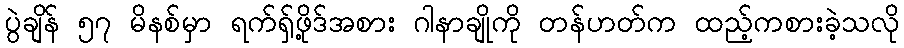
ပွဲချိန် ၅၇ မိနစ်မှာ ရက်ရှ်ဖို့ဒ်အစား ဂါနာချိုကို တန်ဟတ်က ထည့်ကစားခဲ့သလို